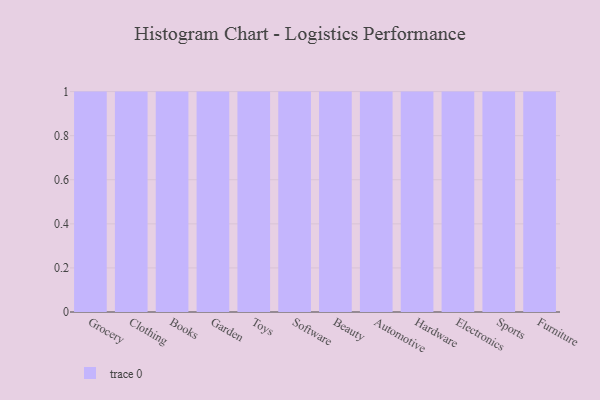
{"axis": {"x": "Category", "y": "Gross Profit (USD K)"}, "legend": [""], "data": [{"x": "Grocery", "y": 36, "type": ""}, {"x": "Clothing", "y": 94, "type": ""}, {"x": "Books", "y": 69, "type": ""}, {"x": "Garden", "y": 64, "type": ""}, {"x": "Toys", "y": 53, "type": ""}, {"x": "Software", "y": 19, "type": ""}, {"x": "Beauty", "y": 89, "type": ""}, {"x": "Automotive", "y": 4, "type": ""}, {"x": "Hardware", "y": 71, "type": ""}, {"x": "Electronics", "y": 23, "type": ""}, {"x": "Sports", "y": 9, "type": ""}, {"x": "Furniture", "y": 83, "type": ""}]}